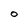
Character: O